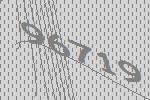
96719